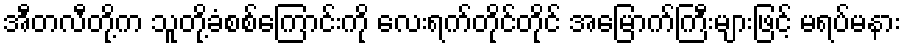
အီတလီတို့က သူတို့ခံစစ်ကြောင်းကို လေးရက်တိုင်တိုင် အမြောက်ကြီးများဖြင့် မရပ်မနား